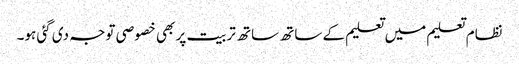
نظام تعلیم میں تعلیم کے ساتھ ساتھ تربیت پر بھی خصوصی توجہ دی گئی ہو۔